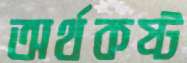
অর্থকষ্ট